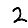
Digit: 2